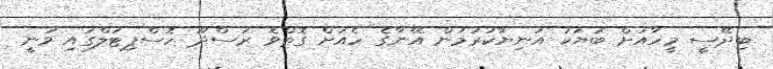
ބިދޭސީ މީހާއަށް ބަޔަކު އަނިޔާކުރުމުން އޭނާގެ ހެއަށް ގޮތްވެ ރަސްދޫ ހޮސްޕިޓަލްގައި ވަނީ